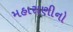
મહારાણીનો